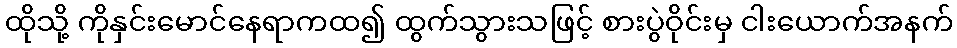
ထိုသို့ ကိုနှင်းမောင်နေရာကထ၍ ထွက်သွားသဖြင့် စားပွဲဝိုင်းမှ ငါးယောက်အနက်